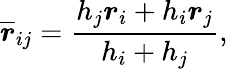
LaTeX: \overline{{\boldsymbol{r}}}_{ij}=\frac{h_{j}\boldsymbol{r}_{i}+h_{i}\boldsymbol{r}_{j}}{h_{i}+h_{j}},